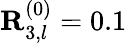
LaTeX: \mathbf{R}_{3,l}^{(0)}=0.1